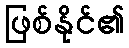
ဖြစ်နိုင်၏